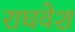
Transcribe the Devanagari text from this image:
राघवेश